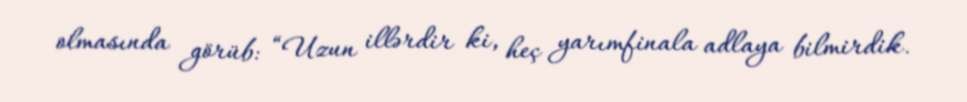
olmasında görüb: “Uzun illərdir ki, heç yarımfinala adlaya bilmirdik.